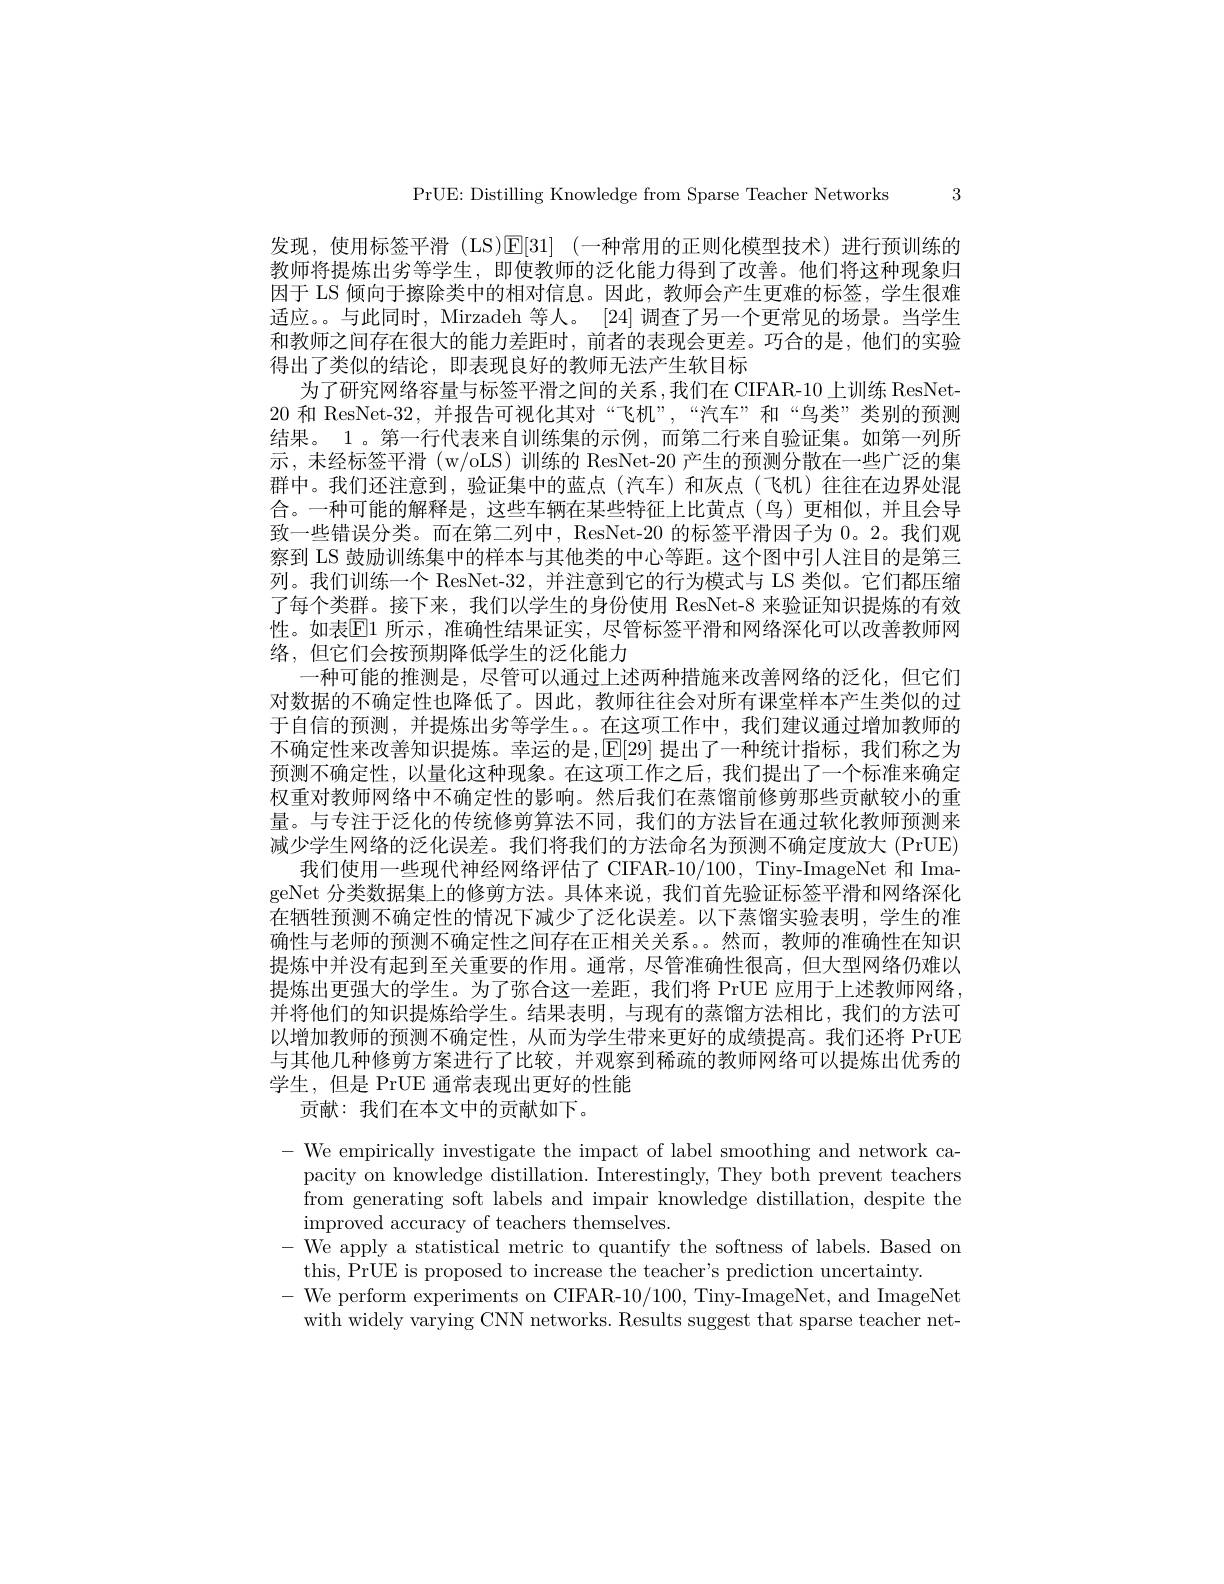
PrUE: Distilling Knowledge from Sparse Teacher Networks 3

发现，使用标签平滑 (LS)[E[31] (-种常用的正则化模型技术)进行预训练的教师将提炼出劣等学生，即使教师的泛化能力得到了改善。他们将这种现象归因于 LS 倾向于擦除类中的相对信息。因此，教师会产生更难的标签，学生很难适应。。与此同时，Mirzadeh 等人。[24] 调查了另一个更常见的场景。当学生和教师之间存在很大的能力差距时，前者的表现会更差。巧合的是，他们的实验得出了类似的结论，即表现良好的教师无法产生软目标
为了研究网络容量与标签平滑之间的关系，我们在 CIFAR-10 上训练 ResNet- 20 和 ResNet-32,并报告可视化其对“飞机”,“汽车”和“鸟类”类别的预测结果。1 。第一行代表来自训练集的示例，而第二行来自验证集。如第一列所示，未经标签平滑(w/oLS)训练的 ResNet-20 产生的预测分散在一些广泛的集群中。我们还注意到，验证集中的蓝点(汽车)和灰点(飞机)往往在边界处混合。一种可能的解释是，这些车辆在某些特征上比黄点(鸟)更相似，并且会导致一些错误分类。而在第二列中，ResNet-20 的标签平滑因子为 0。2。我们观察到 LS 鼓励训练集中的样本与其他类的中心等距。这个图中引人注目的是第三列。我们训练一个 ResNet-32,并注意到它的行为模式与 LS 类似。它们都压缩了每个类群。接下来，我们以学生的身份使用 ResNet-8 来验证知识提炼的有效性。如表El1 所示，准确性结果证实，尽管标签平滑和网络深化可以改善教师网络，但它们会按预期降低学生的泛化能力
一种可能的推测是，尽管可以通过上述两种措施来改善网络的泛化，但它们对数据的不确定性也降低了。因此，教师往往会对所有课堂样本产生类似的过于自信的预测，并提炼出劣等学生。。在这项工作中，我们建议通过增加教师的不确定性来改善知识提炼。幸运的是，[E[29] 提出了一种统计指标，我们称之为预测不确定性，以量化这种现象。在这项工作之后，我们提出了一个标准来确定权重对教师网络中不确定性的影响。然后我们在蒸馏前修剪那些贡献较小的重量。与专注于泛化的传统修剪算法不同，我们的方法旨在通过软化教师预测来减少学生网络的泛化误差。我们将我们的方法命名为预测不确定度放大 (PrUE)
我们使用一些现代神经网络评估了 CIFAR-10/100, Tiny-ImageNet 和 ImageNet 分类数据集上的修剪方法。具体来说，我们首先验证标签平滑和网络深化在牺牲预测不确定性的情况下减少了泛化误差。以下蒸馏实验表明，学生的准确性与老师的预测不确定性之间存在正相关关系。。然而，教师的准确性在知识提炼中并没有起到至关重要的作用。通常，尽管准确性很高，但大型网络仍难以提炼出更强大的学生。为了弥合这一差距，我们将 PrUE 应用于上述教师网络， 并将他们的知识提炼给学生。结果表明，与现有的蒸馏方法相比，我们的方法可以增加教师的预测不确定性，从而为学生带来更好的成绩提高。我们还将 PrUE 与其他几种修剪方案进行了比较，并观察到稀疏的教师网络可以提炼出优秀的学生，但是 PrUE 通常表现出更好的性能
贡献：我们在本文中的贡献如下。

- We empirically investigate the impact of label smoothing and network ca-
pacity on knowledge distillation. Interestingly, They both prevent teachers from generating soft labels and impair knowledge distillation, despite the improved accuracy of teachers themselves.
- We apply a statistical metric to quantify the softness of labels. Based on
this, PrUE is proposed to increase the teacher's prediction uncertainty.
-We perform experiments on CIFAR-10/100, Tiny-ImageNet, and ImageNet
with widely varying CNN networks. Results suggest that sparse teacher net-